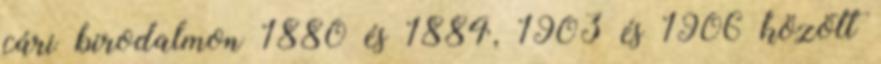
cári birodalmon 1880 és 1884, 1903 és 1906 között